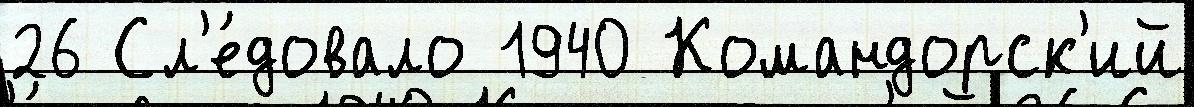
26 Сл'е́довало 1940 Командорск'ий